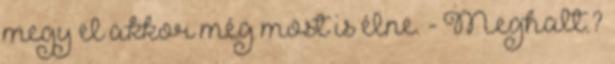
megy el akkor még most is élne. - Meghalt.?